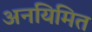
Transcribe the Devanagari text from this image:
अनयिमित